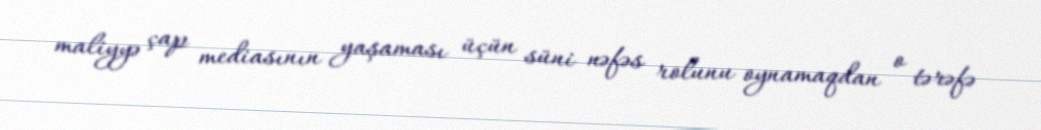
maliyyə çap mediasının yaşaması üçün süni nəfəs rolunu oynamaqdan o tərəfə